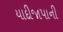
યાદીજાપાની